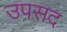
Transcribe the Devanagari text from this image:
उपसद